Report of an investigation of the epidemic of malarial fever in Assam, or, kala-azar
Disease focus: Malaria
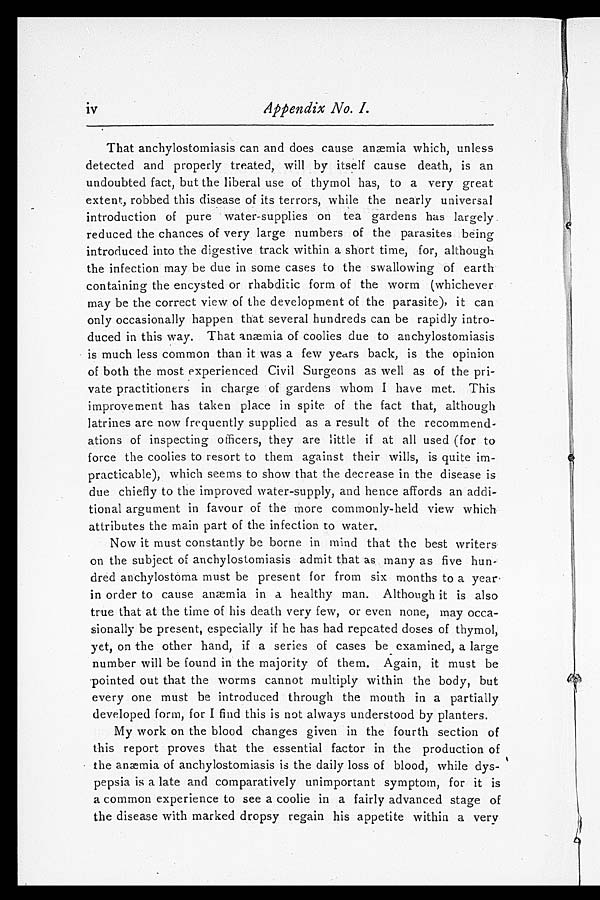
iv
Appendix No. I.
That anchylostomiasis can and does cause anæmia which, unless
detected and properly treated, will by itself cause death, is an
undoubted fact, but the liberal use of thymol has, to a very great
extent, robbed this disease of its terrors, while the nearly universal
introduction of pure water-supplies on tea gardens has largely
reduced the chances of very large numbers of the parasites being
introduced into the digestive track within a short time, for, although
the infection may be due in some cases to the swallowing of earth
containing the encysted or rhabditic form of the worm (whichever
may be the correct view of the development of the parasite), it can
only occasionally happen that several hundreds can be rapidly intro
-duced in this way. That anæmia of coolies due to anchylostomiasis
is much less common than it was a few years back, is the opinion
of both the most experienced Civil Surgeons as well as of the pri
-vate practitioners in charge of gardens whom I have met. This
improvement has taken place in spite of the fact that, although
latrines are now frequently supplied as a result of the recommend
-ations of inspecting officers, they are little if at all used (for to
force the coolies to resort to them against their wills, is quite im
-practicable), which seems to show that the decrease in the disease is
due chiefly to the improved water-supply, and hence affords an addi
-tional argument in favour of the more commonly-held view which
attributes the main part of the infection to water.
Now it must constantly be borne in mind that the best writers
on the subject of anchylostomiasis admit that as many as five hun
-dred anchylostoma must be present for from six months to a year
in order to cause anæmia in a healthy man. Although it is also
true that at the time of his death very few, or even none, may occa
-sionally be present, especially if he has had repeated doses of thymol,
yet, on the other hand, if a series of cases be examined, a large
number will be found in the majority of them. Again, it must be
pointed out that the worms cannot multiply within the body, but
every one must be introduced through the mouth in a partially
developed form, for I find this is not always understood by planters.
My work on the blood changes given in the fourth section of
this report proves that the essential factor in the production of
the anæmia of anchylostomiasis is the daily loss of blood, while dys
- p e p s i a i s a l a t e a n d c o m p a r a t i v e l y u n i m p o r t a n t s y m p t o m , f o r i t i s
a common experience to see a coolie in a fairly advanced stage of
the disease with marked dropsy regain his appetite within a very